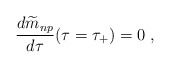
\begin{align*}{d{\widetilde m}_{np}\over d\tau}(\tau=\tau_{+})=0 \; ,\end{align*}